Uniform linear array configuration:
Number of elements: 8
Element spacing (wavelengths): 0.25
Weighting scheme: cosine
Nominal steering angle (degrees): -60
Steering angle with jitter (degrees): -59.269
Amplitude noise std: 0.05
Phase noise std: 0.05

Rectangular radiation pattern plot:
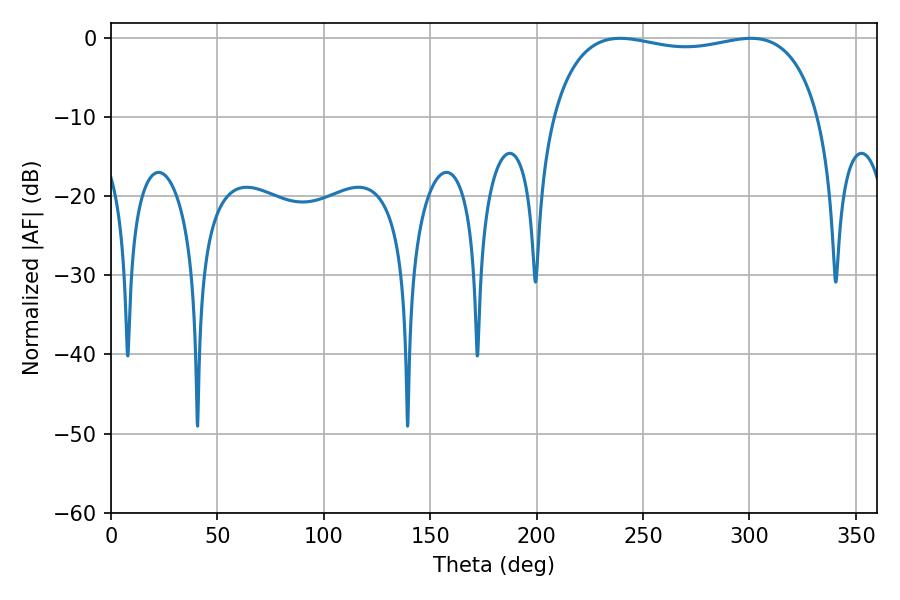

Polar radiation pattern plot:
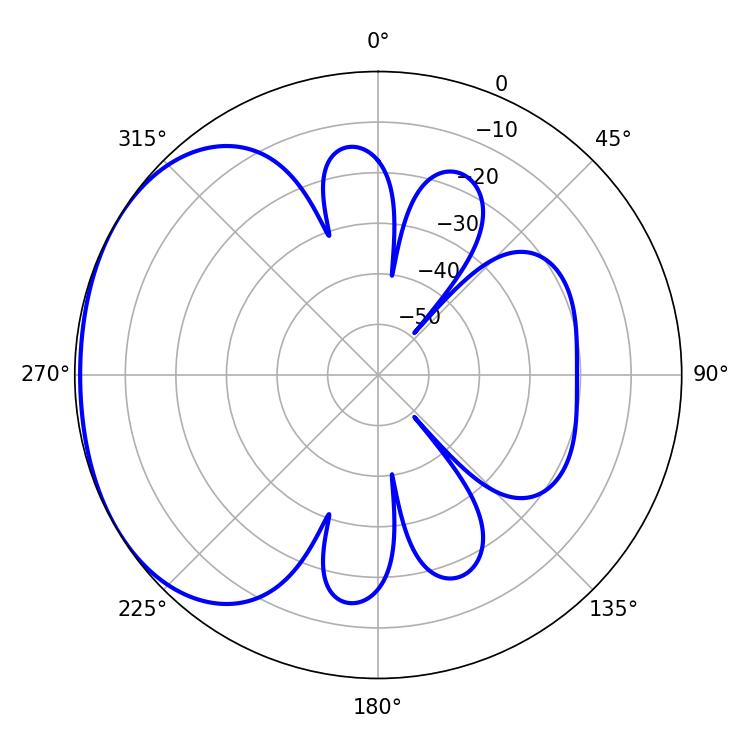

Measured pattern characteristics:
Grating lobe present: FALSE
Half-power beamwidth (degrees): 101.88
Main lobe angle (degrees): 239.22